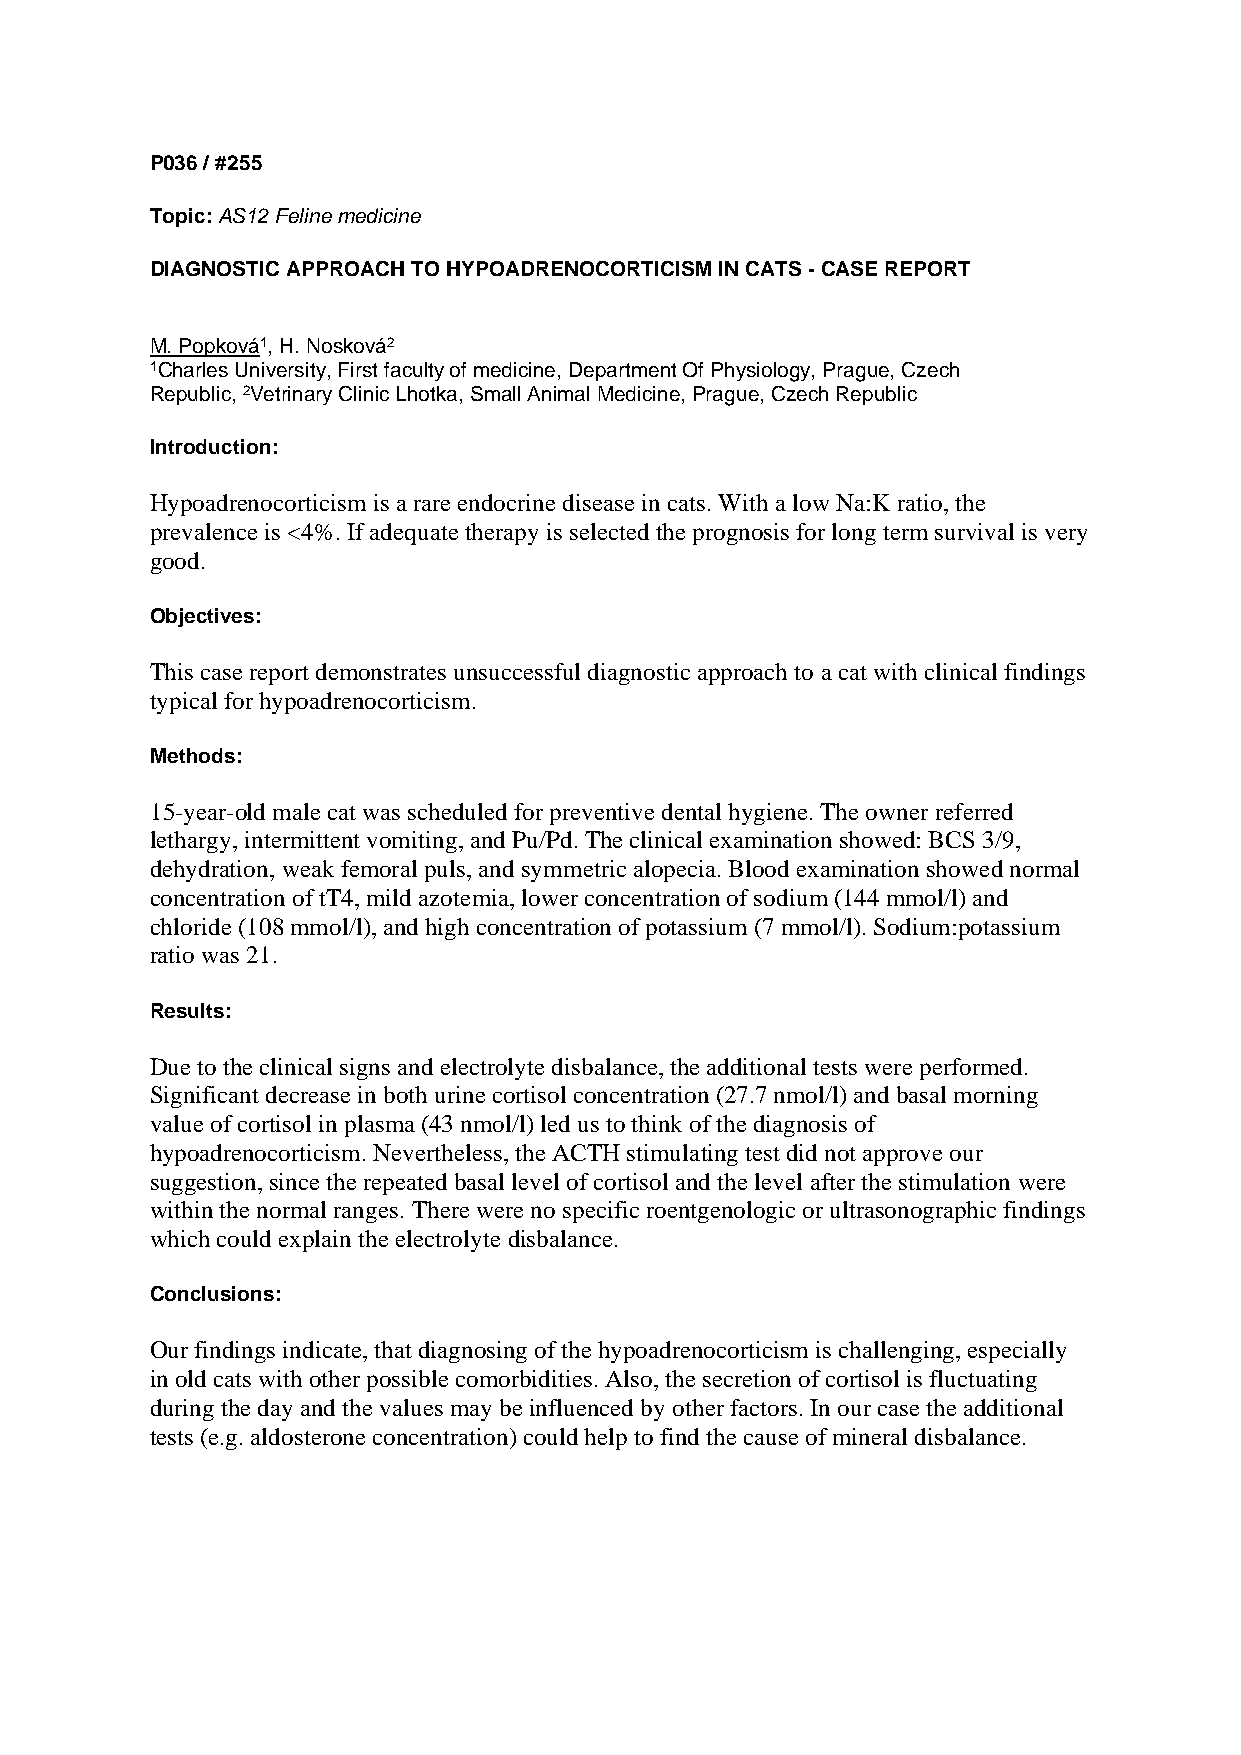
P036 / #255
 Topic: AS12 Feline medicine
 DIAGNOSTIC APPROACH TO HYPOADRENOCORTICISM IN CATS - CASE REPORT
 M. Popková1, H. Nosková2
 1Charles University, First faculty of medicine, Department Of Physiology, Prague, Czech
 Republic, 2Vetrinary Clinic Lhotka, Small Animal Medicine, Prague, Czech Republic
 Introduction:
 Hypoadrenocorticism is a rare endocrine disease in cats. With a low Na:K ratio, the
 prevalence is <4%. If adequate therapy is selected the prognosis for long term survival is very
 good.
 Objectives:
 This case report demonstrates unsuccessful diagnostic approach to a cat with clinical findings
 typical for hypoadrenocorticism.
 Methods:
 15-year-old male cat was scheduled for preventive dental hygiene. The owner referred
 lethargy, intermittent vomiting, and Pu/Pd. The clinical examination showed: BCS 3/9,
 dehydration, weak femoral puls, and symmetric alopecia. Blood examination showed normal
 concentration of tT4, mild azotemia, lower concentration of sodium (144 mmol/l) and
 chloride (108 mmol/l), and high concentration of potassium (7 mmol/l). Sodium:potassium
 ratio was 21.
 Results:
 Due to the clinical signs and electrolyte disbalance, the additional tests were performed.
 Significant decrease in both urine cortisol concentration (27.7 nmol/l) and basal morning
 value of cortisol in plasma (43 nmol/l) led us to think of the diagnosis of
 hypoadrenocorticism. Nevertheless, the ACTH stimulating test did not approve our
 suggestion, since the repeated basal level of cortisol and the level after the stimulation were
 within the normal ranges. There were no specific roentgenologic or ultrasonographic findings
 which could explain the electrolyte disbalance.
 Conclusions:
 Our findings indicate, that diagnosing of the hypoadrenocorticism is challenging, especially
 in old cats with other possible comorbidities. Also, the secretion of cortisol is fluctuating
 during the day and the values may be influenced by other factors. In our case the additional
 tests (e.g. aldosterone concentration) could help to find the cause of mineral disbalance.